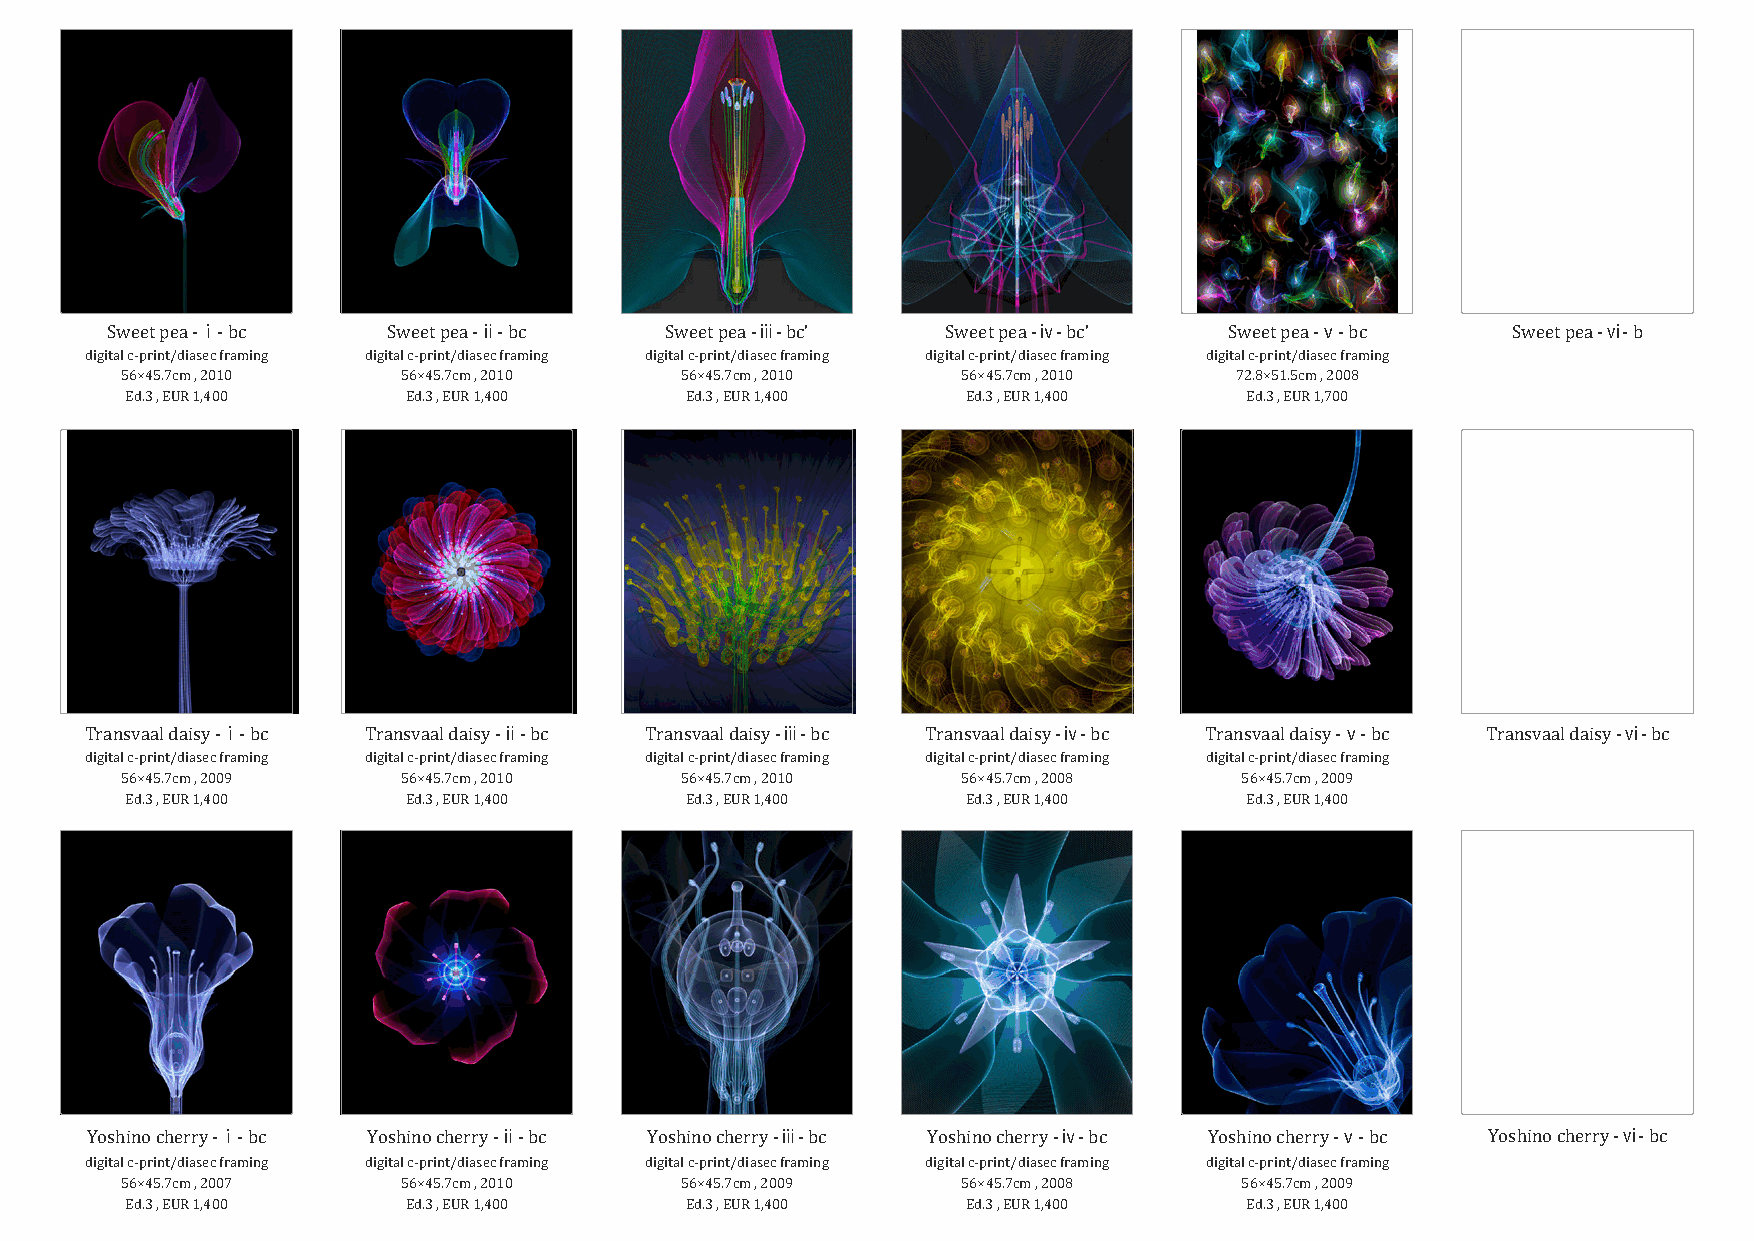
ⅰ                  ⅱ                 ⅲ                  ⅳ                 ⅴ                  ⅵ
 Sweet pea - - bc   Sweet pea - - bc  Sweet pea - - bc’  Sweet pea - - bc’ Sweet pea - - bc   Sweet pea - - b
 digital c-print/diasec framing digital c-print/diasec framing digital c-print/diasec framing digital c-print/diasec framing digital c-print/diasec framing
 56×45.7cm , 2010   56×45.7cm , 2010  56×45.7cm , 2010   56×45.7cm , 2010  72.8×51.5cm , 2008
 Ed.3 , EUR 1,400   Ed.3 , EUR 1,400  Ed.3 , EUR 1,400   Ed.3 , EUR 1,400   Ed.3 , EUR 1,700
 ⅰ                 ⅱ                  ⅲ                 ⅳ                  ⅴ                 ⅵ
 Transvaal daisy - - bc Transvaal daisy - - bc Transvaal daisy - - bc Transvaal daisy - - bc Transvaal daisy - - bc Transvaal daisy - - bc
 digital c-print/diasec framing digital c-print/diasec framing digital c-print/diasec framing digital c-print/diasec framing digital c-print/diasec framing
 56×45.7cm , 2009   56×45.7cm , 2010  56×45.7cm , 2010   56×45.7cm , 2008  56×45.7cm , 2009
 Ed.3 , EUR 1,400   Ed.3 , EUR 1,400  Ed.3 , EUR 1,400   Ed.3 , EUR 1,400   Ed.3 , EUR 1,400
 ⅰ                  ⅱ                  ⅲ                 ⅳ                  ⅴ                 ⅵ
 Yoshino cherry - - bc Yoshino cherry - - bc Yoshino cherry - - bc Yoshino cherry - - bc Yoshino cherry - - bc Yoshino cherry - - bc
 digital c-print/diasec framing digital c-print/diasec framing digital c-print/diasec framing digital c-print/diasec framing digital c-print/diasec framing
 56×45.7cm , 2007   56×45.7cm , 2010  56×45.7cm , 2009   56×45.7cm , 2008  56×45.7cm , 2009
 Ed.3 , EUR 1,400   Ed.3 , EUR 1,400  Ed.3 , EUR 1,400   Ed.3 , EUR 1,400   Ed.3 , EUR 1,400